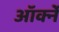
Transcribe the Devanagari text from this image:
ऑर्क्ने